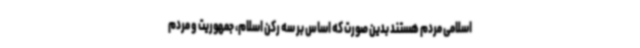
اسلامی مردم هستند بدین صورت که اساس بر سه رکن اسلام، جمهوریت و مردم